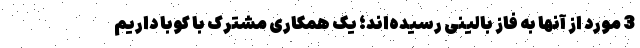
3 مورد از آنها به فاز بالینی رسیده‌اند؛ یک همکاری مشترک با کوبا داریم